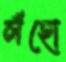
লঁহো